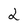
Character: 2